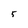
Character: 5